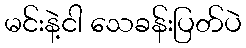
မင်းနဲ့ငါ သေခန်းပြတ်ပဲ